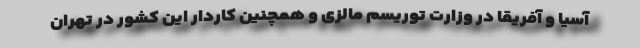
آسیا و آفریقا در وزارت توریسم مالزی و همچنین کاردار این کشور در تهران